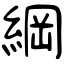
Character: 綱